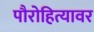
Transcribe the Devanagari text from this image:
पौरोहित्यावर